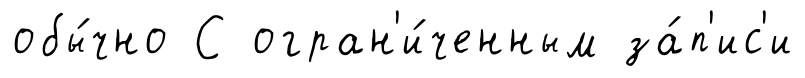
обы́чно С огран'и́ченным за́п'ис'и